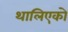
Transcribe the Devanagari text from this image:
थालिएको